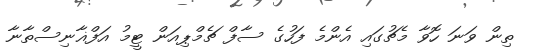
ތިން ވަނަ ހޮވާ މެޗުގައި އެންމެ ފަހުގެ ސާފް ޗެމްޕިއަން ޓީމު އަފްޣާނިސްތާނާ